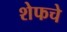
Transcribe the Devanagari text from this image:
शेफचे